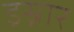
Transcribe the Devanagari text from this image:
इस्नार